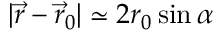
| { \vec { r } } - { \vec { r } } _ { 0 } | \simeq 2 r _ { 0 } \sin \alpha